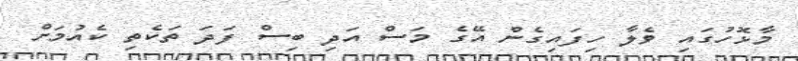
މާޅޮހުގައި ވެލާ ހިފައިގެން އޭގެ މަސް އަދި ބިސް ފަދަ ތަކެތި ކެއުމަށް